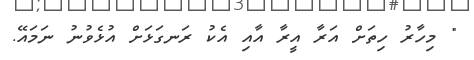
" މިހާރު ހިތަށް އަރާ އީރާ އާއި އެކު ރަނގަޅަށް އުޅެވުނު ނަމައޭ.